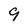
Character: 9